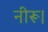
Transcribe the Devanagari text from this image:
नीरू।